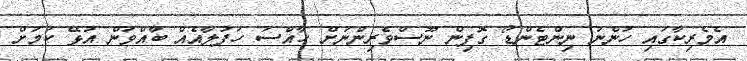
އެމެރިކާގައި ހުންނަ ނިންޓެންޑޯ ގޮފިން ނޫސްވެރިންނަށް ޚާއްސަ ހަފުލާއެއް ބާއްވަން އުޅޭ ކަމަށް